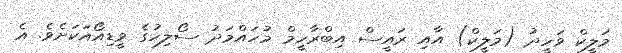
މަލީކް ވަހީދު (މަލީކް) އާއި ރައީސް އިބްރާހީމް މުހައްމަދު ސޯލިހުގެ ވީޑިއޯއަކަށެވެ. އެ